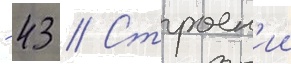
- 43 // Строен'ии